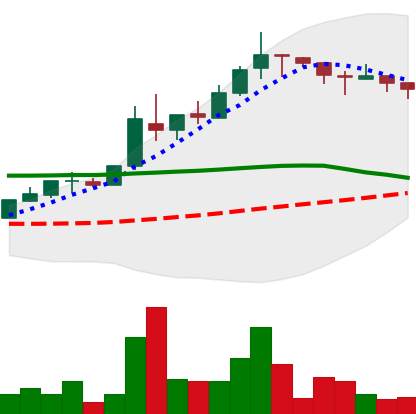
Ticker: TRX-USD
Chart end date: 2018-05-07
Forward return: -17.277%
Label: down_7plus